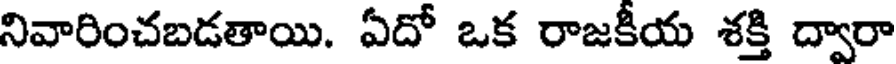
నివారించబడతాయి. ఏదో ఒక రాజకీయ శక్తి ద్వారా